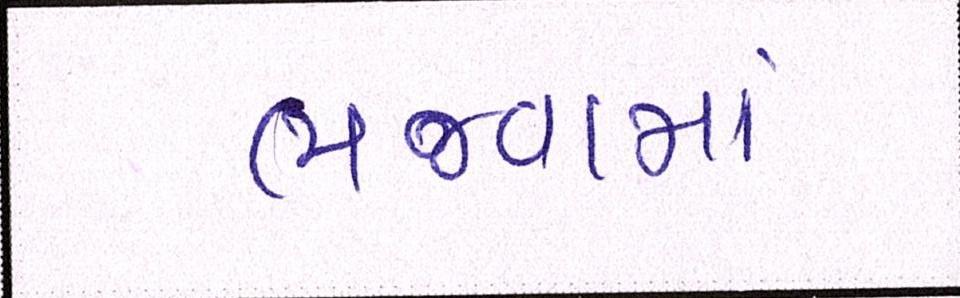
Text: ભજવામાં